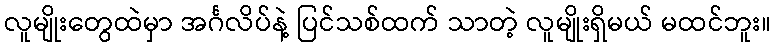
လူမျိုးတွေထဲမှာ အင်္ဂလိပ်နဲ့ ပြင်သစ်ထက် သာတဲ့ လူမျိုးရှိမယ် မထင်ဘူး။